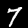
Label: 7